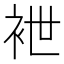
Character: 袣